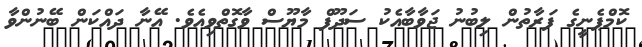
ކޮމްޕެނީގެ ފަރާތުން ލިބުނު ޖަވާބާއެކު ސަދޫފް މާޔޫސް ވާގޮތްވިއެވެ. އޭނާ ދައްކަން ބޭނުންވާ